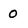
Character: O